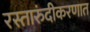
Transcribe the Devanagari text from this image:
रस्तारुंदीकरणात